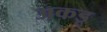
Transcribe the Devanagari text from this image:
अकडू